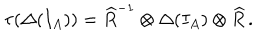
LaTeX: \tau ( \Delta ( I _ { A } ) ) = \widehat { R } ^ { - 1 } \otimes \Delta ( I _ { A } ) \otimes \widehat { R } \, .